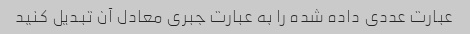
عبارت عددی داده شده را به عبارت جبری معادل آن تبدیل کنید